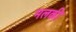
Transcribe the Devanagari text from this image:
मलकी